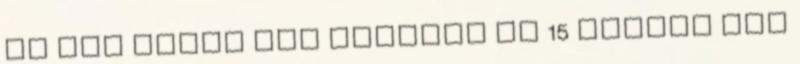
és egy évnél nem régebbi de 15 napnál nem